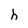
Character: h